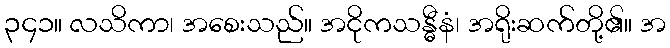
၃၄၁။ လသိကာ၊ အစေးသည်။ အငိုကသန္ဓီနံ၊ အရိုးဆက်တို့၏။ အ